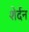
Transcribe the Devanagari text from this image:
शेर्दन